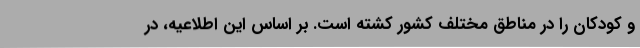
و کودکان را در مناطق مختلف کشور کشته است. بر اساس این اطلاعیه، در